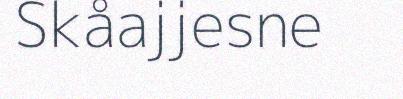
Skåajjesne